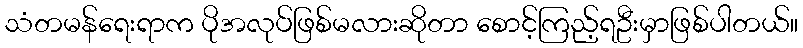
သံတမန်ရေးရာက ပိုအလုပ်ဖြစ်မလားဆိုတာ စောင့်ကြည့်ရဦးမှာဖြစ်ပါတယ်။